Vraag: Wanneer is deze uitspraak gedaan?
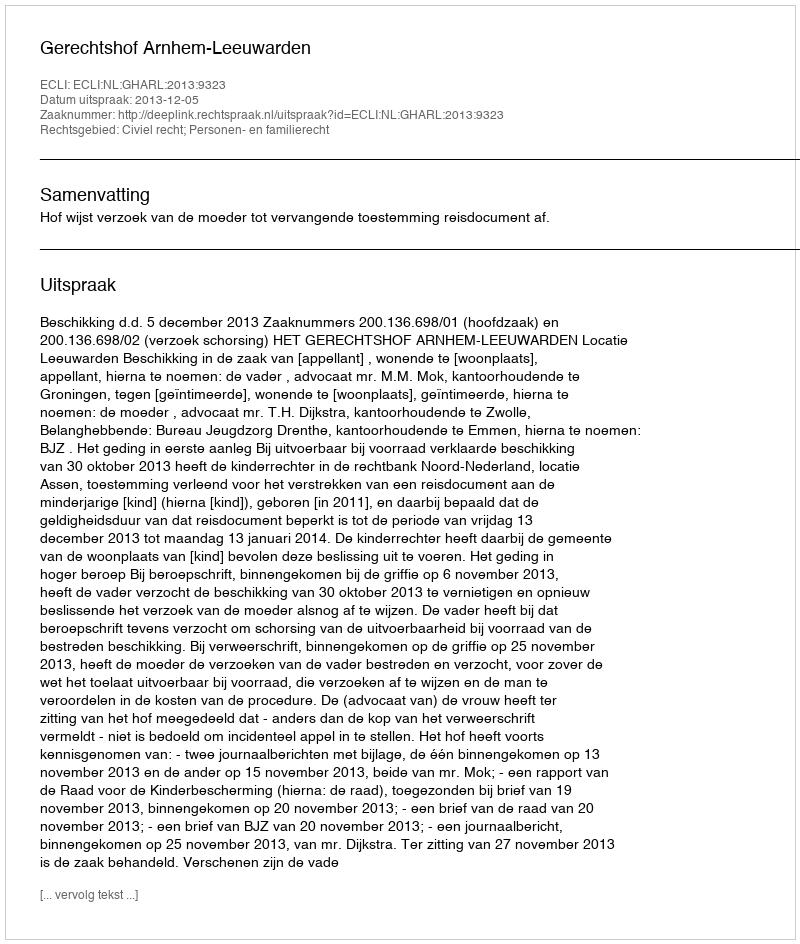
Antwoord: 2013-12-05